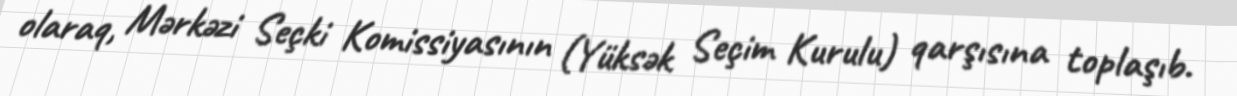
olaraq, Mərkəzi Seçki Komissiyasının (Yüksək Seçim Kurulu) qarşısına toplaşıb.